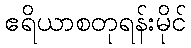
ဧရိယာစတုရန်းမိုင်